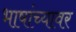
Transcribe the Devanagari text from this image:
भाषांच्यावर